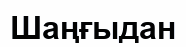
Шаңғыдан